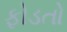
ફોડતો